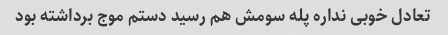
تعادل خوبی نداره پله سومش هم رسید دستم موج برداشته بود